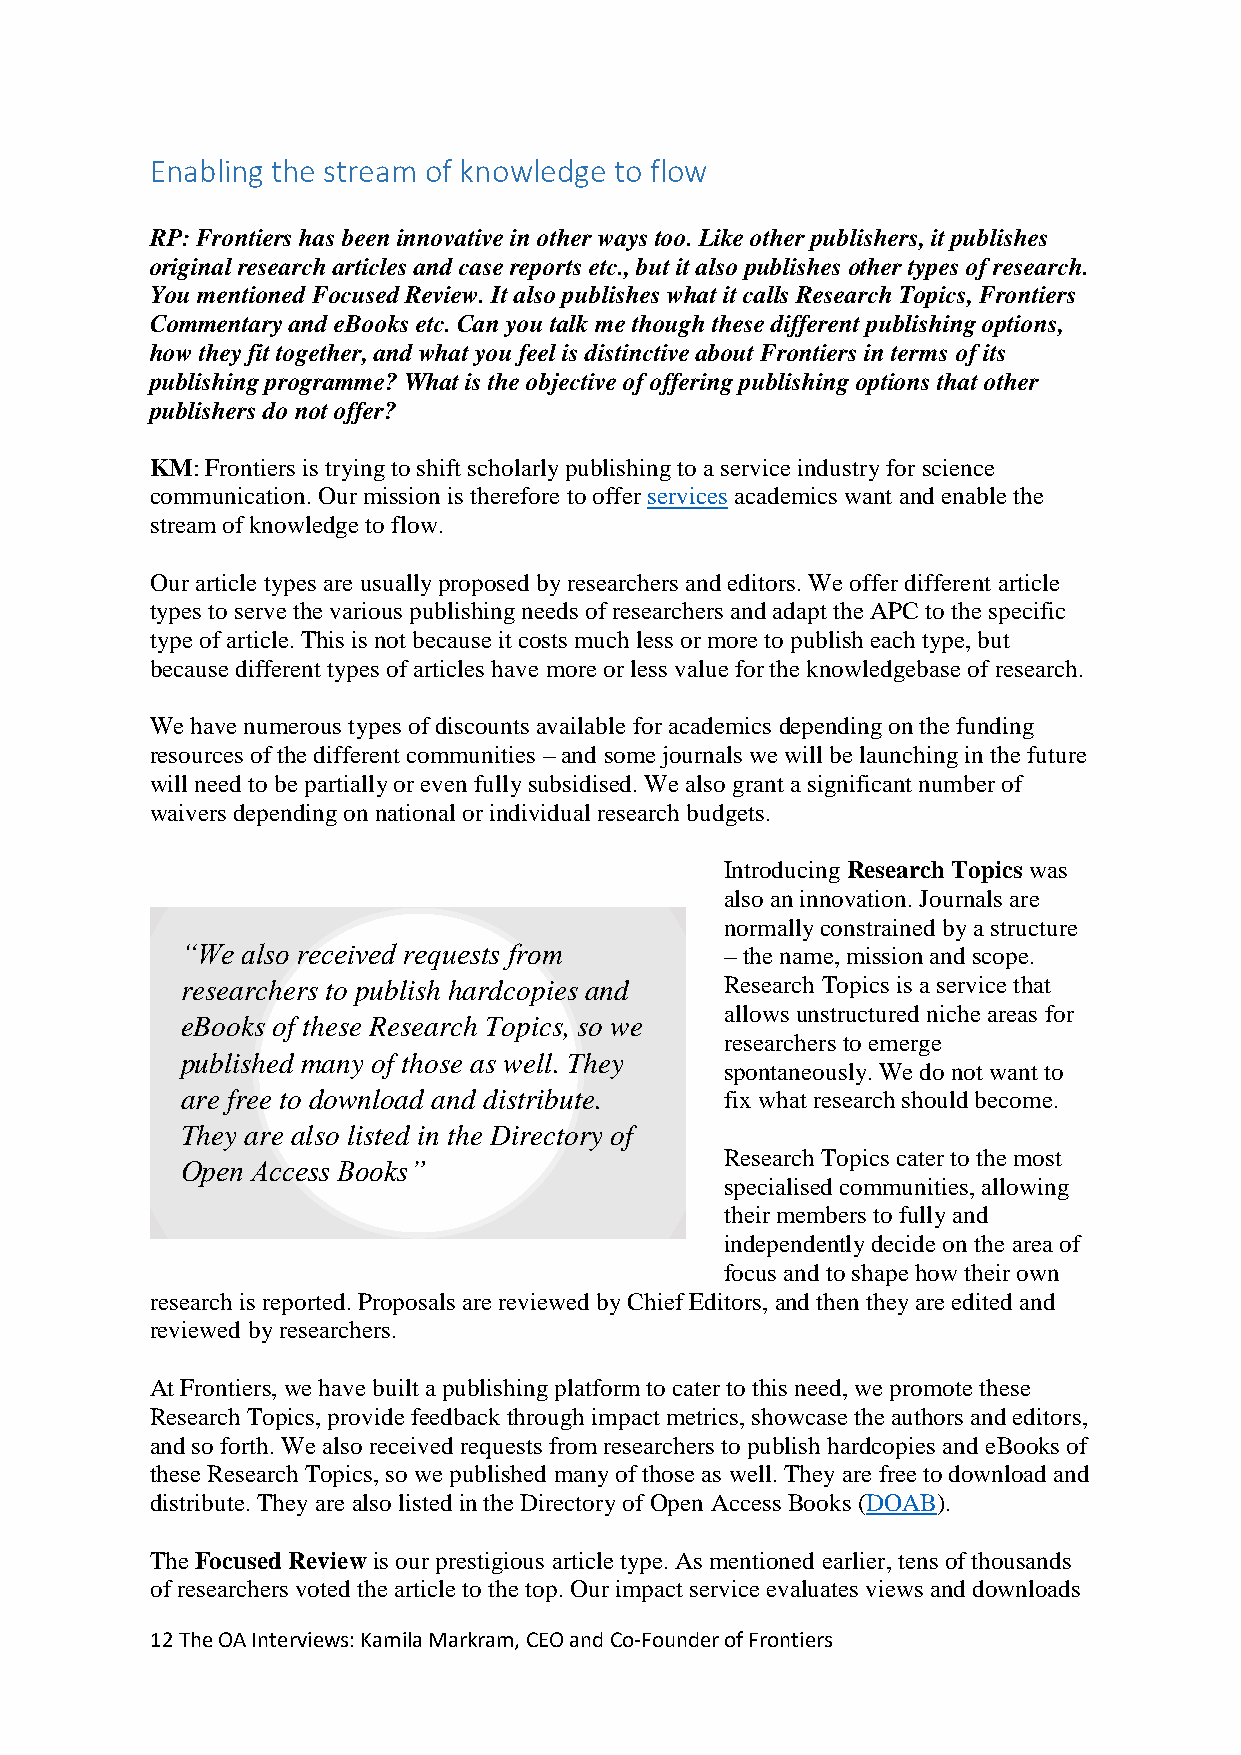
Enabling the stream of knowledge to flow
 RP: Frontiers has been innovative in other ways too. Like other publishers, it publishes
 original research articles and case reports etc., but it also publishes other types of research.
 You mentioned Focused Review. It also publishes what it calls Research Topics, Frontiers
 Commentary and eBooks etc. Can you talk me though these different publishing options,
 how they fit together, and what you feel is distinctive about Frontiers in terms of its
 publishing programme? What is the objective of offering publishing options that other
 publishers do not offer?
 KM: Frontiers is trying to shift scholarly publishing to a service industry for science
 communication. Our mission is therefore to offer services academics want and enable the
 stream of knowledge to flow.
 Our article types are usually proposed by researchers and editors. We offer different article
 types to serve the various publishing needs of researchers and adapt the APC to the specific
 type of article. This is not because it costs much less or more to publish each type, but
 because different types of articles have more or less value for the knowledgebase of research.
 We have numerous types of discounts available for academics depending on the funding
 resources of the different communities – and some journals we will be launching in the future
 will need to be partially or even fully subsidised. We also grant a significant number of
 waivers depending on national or individual research budgets.
 Introducing Research Topics was
 also an innovation. Journals are
 normally constrained by a structure
 “We also received requests from     – the name, mission and scope.
 researchers to publish hardcopies and Research Topics is a service that
 allows unstructured niche areas for
 eBooks of these Research Topics, so we
 researchers to emerge
 published many of those as well. They
 spontaneously. We do not want to
 are free to download and distribute. fix what research should become.
 They are also listed in the Directory of
 Research Topics cater to the most
 Open Access Books”
 specialised communities, allowing
 their members to fully and
 independently decide on the area of
 focus and to shape how their own
 research is reported. Proposals are reviewed by Chief Editors, and then they are edited and
 reviewed by researchers.
 At Frontiers, we have built a publishing platform to cater to this need, we promote these
 Research Topics, provide feedback through impact metrics, showcase the authors and editors,
 and so forth. We also received requests from researchers to publish hardcopies and eBooks of
 these Research Topics, so we published many of those as well. They are free to download and
 distribute. They are also listed in the Directory of Open Access Books (DOAB).
 The Focused Review is our prestigious article type. As mentioned earlier, tens of thousands
 of researchers voted the article to the top. Our impact service evaluates views and downloads
 12 The OA Interviews: Kamila Markram, CEO and Co-Founder of Frontiers